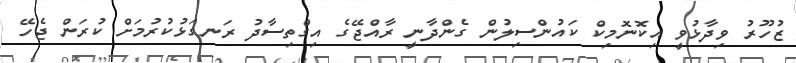
ޒުހޫރު ވިދާޅުވީ އިކޮނޮމިކް ކައުންސިލުން ގެންދާނީ ރާއްޖޭގެ އިގްތިސާދު ރަނގަޅުކުރުމަށް ކުރަން ޖެހޭ